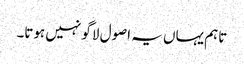
تاہم یہاں یہ اصول لاگو نہیں ہوتا۔